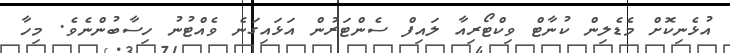
އުޅެނިކޮށް މެޑެލިން ކުނާޓް ވިކްޓޯރިއާ ލައިފް ސެންޓަރުން އަޅައިގަނެ ވެއްޓުނު ހިސާބުންނެވެ. މިހާ